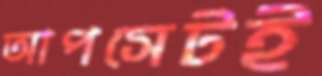
আপসেটই